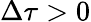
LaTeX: \Delta\tau>0